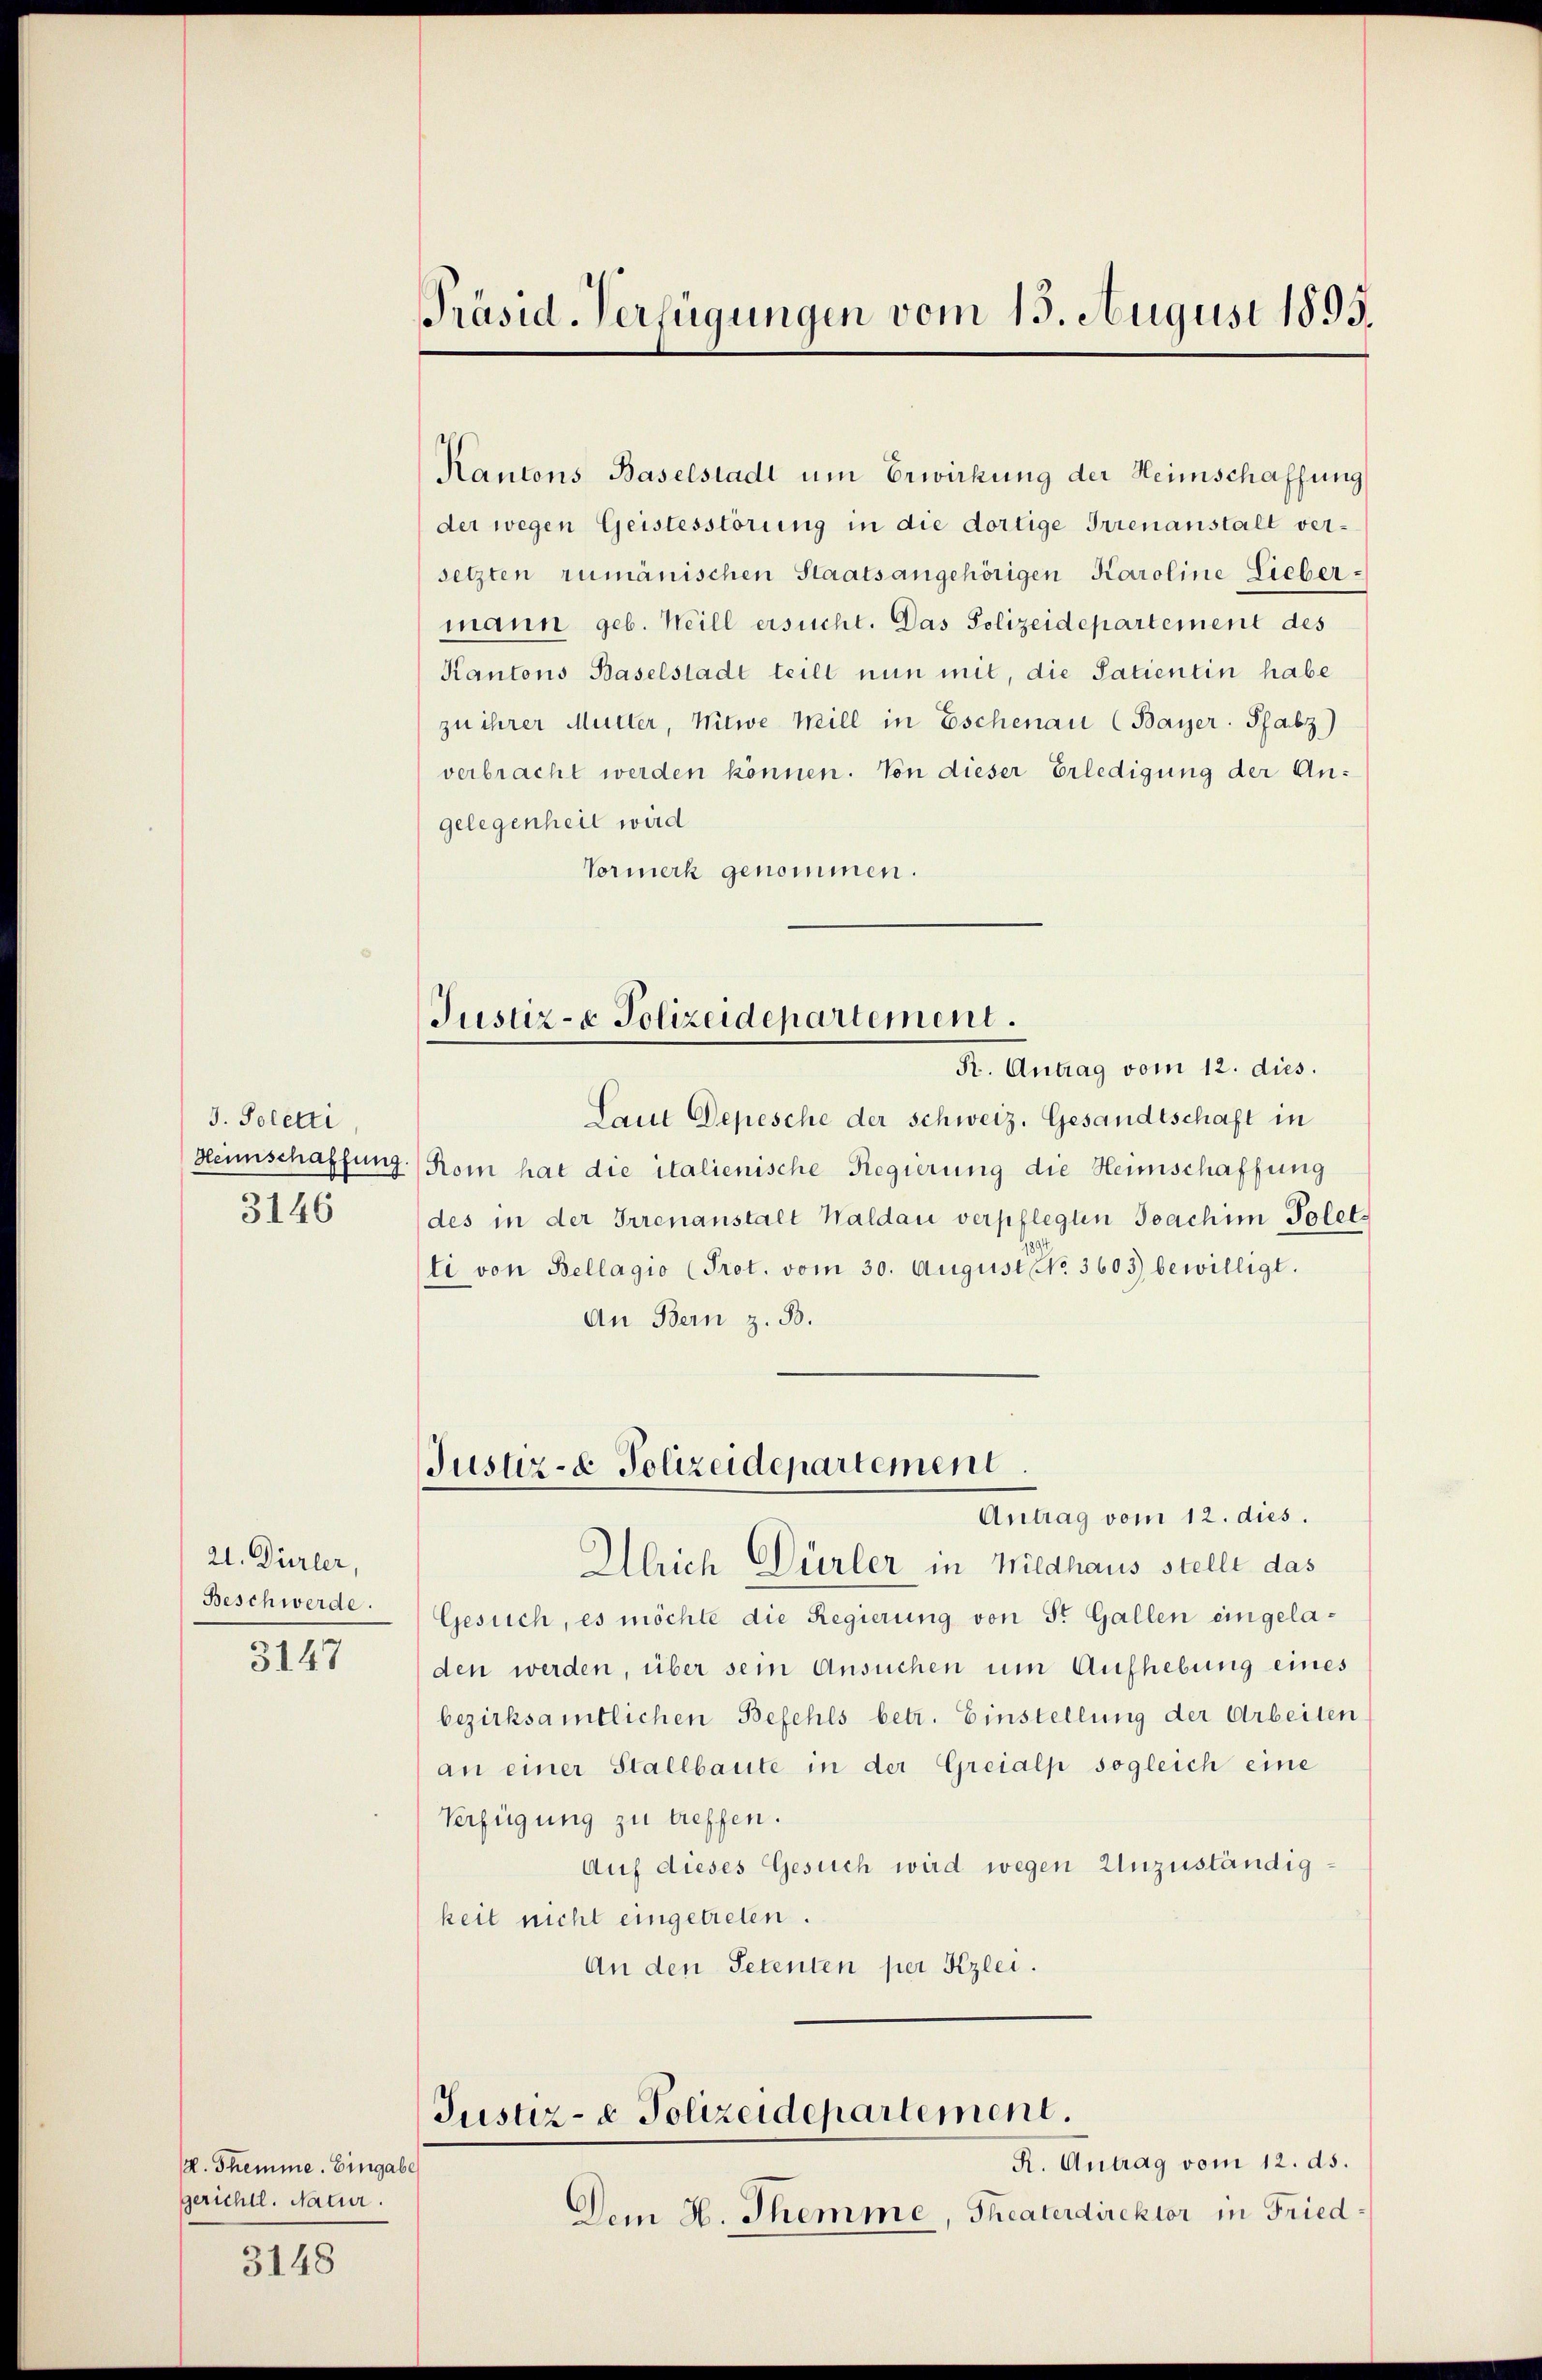
J. Poletti
3146

21. Dürler,
Beschwerde.

3147

(L. Themme. Eingabe
gerichtl. Natur.
3148

Kantons Baselstadt um Erwirkung der Heimschaffung
der wegen Geistesstörung in die dortige Irrenanstalt versetzten rumänischen Staatsangehörigen Karoline Liebermann geb. Heill ersucht. Das Polizeidepartement des
Kantons Baselstadt teilt nun mit, die Satientin habe
zu ihrer Mutter, Witwe Mill in Eschenau (Bayer Pfabz)
verbracht werden können. Von dieser Erledigung der Angelegenheit wird
Vormerk genommen.
Justiz- & Polizeidepartement.
R. Antrag vom 12. dies.
Laut Depesche der Schweiz. Gesandtschaft in
Heimschaffung. Rom hat die italienische Regierung die Heimschaffung
des in der Irrenanstalt Waldau verpflegten Joachim Polet
li von Bellagio (Prot. vom 30. August No. 3603) bewilligt.
An Bern z. B.

Präsid. Verfügungen vom 15. August 1895.

Justiz- & Polizeidepartement
Antrag vom 12. dies.

Ulrich Dürler in Wildhaus stellt das
Gesuch, es möchte die Regierung von St. Gallen eingeladen werden, über sein Ansuchen um Aufhebung eines
bezirksamtlichen Befehls betr. Einstellung der Arbeiten
an einer Stallbaute in der Greialp sogleich eine
Verfügung zu treffen.
Auf dieses Gesuch wird wegen Unzuständigkeit nicht eingetreten.
An den Petenten per Kzlei.

Justiz- & Polizeidepartement.

R. Antrag vom 12. ds.
Dem H. Themme, Theaterdirektor in Fried